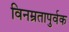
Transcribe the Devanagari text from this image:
विनम्रतापुर्वक